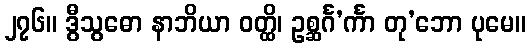
၂၇၆။ ဒွီသွဓော နာဘိယာ ဝတ္ထိ၊ ဥစ္ဆင်္ဂ’င်္ကာ တု’ဘော ပုမေ။